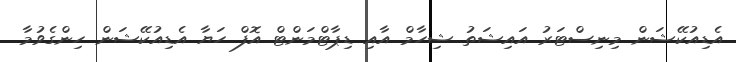
އެޑިއުކޭޝަން މިނިސްޓަރު އައިޝަތު ޝިހާމް އާއި ޑިޕާޓްމަންޓް އޮފް ހަޔާ އެޑިއުކޭޝަން ހިންގެވުމާ